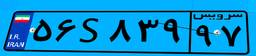
۵۶S۸۳۹۹۷